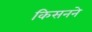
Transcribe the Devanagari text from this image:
किसनने